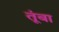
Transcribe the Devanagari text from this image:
तूंबा